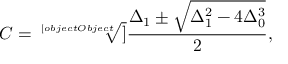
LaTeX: C = { \sqrt [ [object Object] ] { \frac { \Delta _ { 1 } \pm { \sqrt { \Delta _ { 1 } ^ { 2 } - 4 \Delta _ { 0 } ^ { 3 } } } } { 2 } } } ,